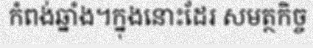
កំពង់ឆ្នាំង។ក្នុងនោះដែរ សមត្ថកិច្ច